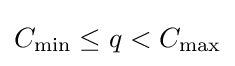
C_{\min }\leq q<C_{\max }